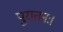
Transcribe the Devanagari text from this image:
पुरातनः।